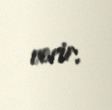
verir.